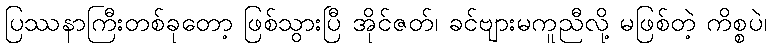
ပြဿနာကြီးတစ်ခုတော့ ဖြစ်သွားပြီ အိုင်ဇတ်၊ ခင်ဗျားမကူညီလို့ မဖြစ်တဲ့ ကိစ္စပဲ၊